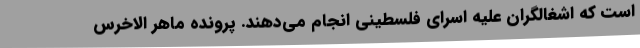
است که اشغالگران علیه اسرای فلسطینی انجام می‌دهند. پرونده ماهر الاخرس